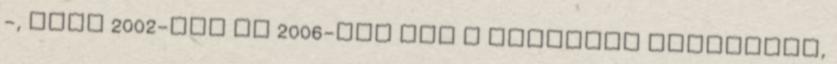
-, akik 2002-ben és 2006-ban sem a Fideszre szavaztak,